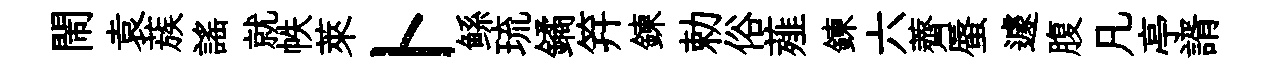
閙袁蔟謡就帙萊卜鲧琉鐍笄鍊勅俗薤鍊六薺蜃遽腹凡亭諝